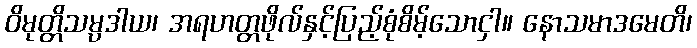
ဝိမုတ္တိသမ္ပဒါယ၊ အရဟတ္တဖိုလ်နှင့်ပြည့်စုံစိမ့်သောငှါ။ နောသမာဒမေတိ၊